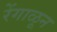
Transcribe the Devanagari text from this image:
रेंगाळून